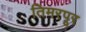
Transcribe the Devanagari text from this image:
तिमरपूर